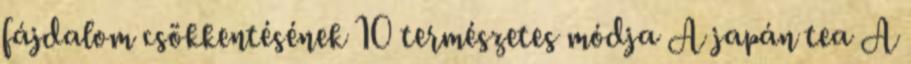
fájdalom csökkentésének 10 természetes módja A japán tea A